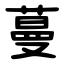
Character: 蔓